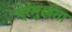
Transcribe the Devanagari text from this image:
प्रंमुखता